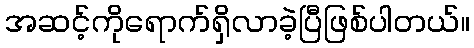
အဆင့်ကိုရောက်ရှိလာခဲ့ပြီဖြစ်ပါတယ်။